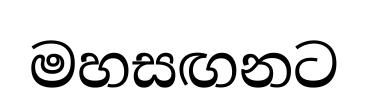
මහසඟනට